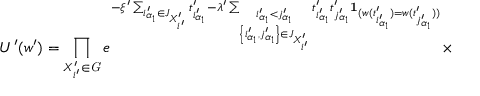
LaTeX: U ^ { \prime } ( w ^ { \prime } ) = \prod _ { X _ { i ^ { \prime } } ^ { \prime } \in { \it G } } e ^ { - \xi ^ { \prime } \sum _ { i _ { \alpha _ { 1 } } ^ { \prime } \in J _ { X _ { i ^ { \prime } } ^ { \prime } } } t _ { i _ { \alpha _ { 1 } } ^ { \prime } } ^ { \prime } - \lambda ^ { \prime } \sum _ { \stackrel { i _ { \alpha _ { 1 } } ^ { \prime } < j _ { \alpha _ { 1 } } ^ { \prime } } { \left\{ i _ { \alpha _ { 1 } } ^ { \prime } , j _ { \alpha _ { 1 } } ^ { \prime } \right\} \in J _ { X _ { i ^ { \prime } } ^ { \prime } } } } t _ { i _ { \alpha _ { 1 } } ^ { \prime } } ^ { \prime } t _ { j _ { \alpha _ { 1 } } ^ { \prime } } ^ { \prime } { \bf 1 } _ { ( w ( t _ { i _ { \alpha _ { 1 } } ^ { \prime } } ^ { \prime } ) = w ( t _ { j _ { \alpha _ { 1 } } ^ { \prime } } ^ { \prime } ) ) } } \times